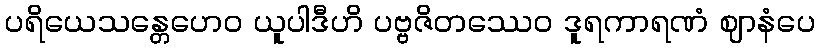
ပရိယေသန္တေဟေဝ ယူပါဒီဟိ ပဗ္ဗဇိတဿေဝ ဒူရကာရဏံ ဈာနံပေ